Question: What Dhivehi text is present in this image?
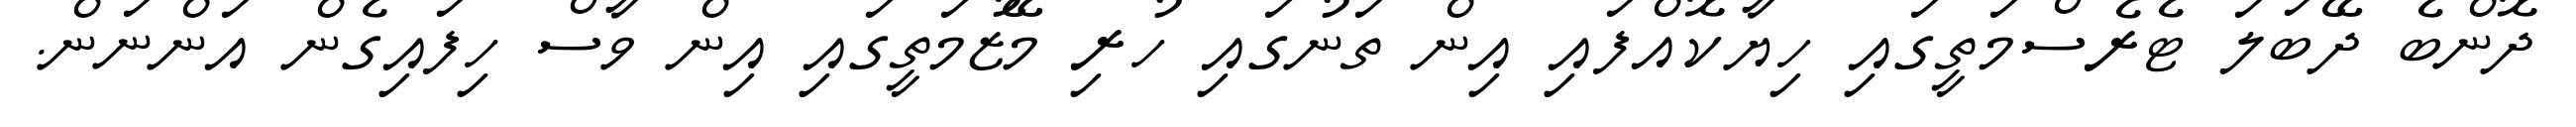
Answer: ދޮންބެ ދޭބަލަ ޓެރެސްމަތީގައި ހިޔާކޮއްފައި އިން ތަނުގައި ހުރި މޭޒުމަތީގައި އިން ވާސް ހިފައިގެން އަންނަން.